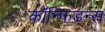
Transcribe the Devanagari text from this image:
कॉन्फिडन्स